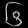
Digit: ၆